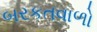
બરકતવાળો